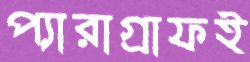
প্যারাগ্রাফই